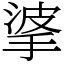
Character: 㨇